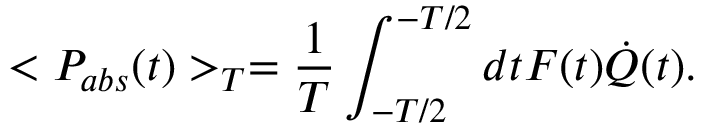
< P _ { a b s } ( t ) > _ { T } = \frac { 1 } { T } \int _ { - T / 2 } ^ { - T / 2 } d t F ( t ) \dot { Q } ( t ) .